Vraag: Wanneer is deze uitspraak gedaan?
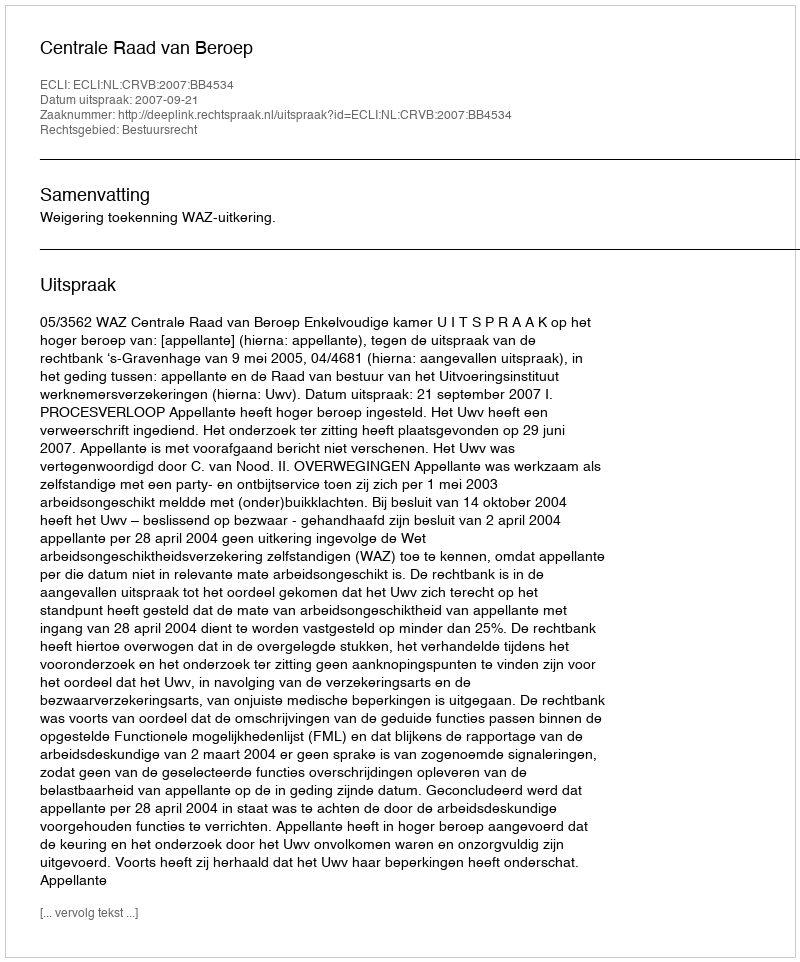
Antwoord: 2007-09-21